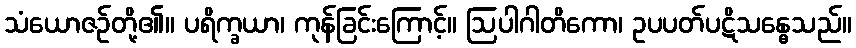
သံယောဇဉ်တို့၏။ ပရိက္ခယာ၊ ကုန်ခြင်းကြောင့်။ ဩပါဂါတိကော၊ ဥပပတ်ပဋိသန္ဓေသည်။